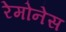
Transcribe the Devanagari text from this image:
रेमोनेस